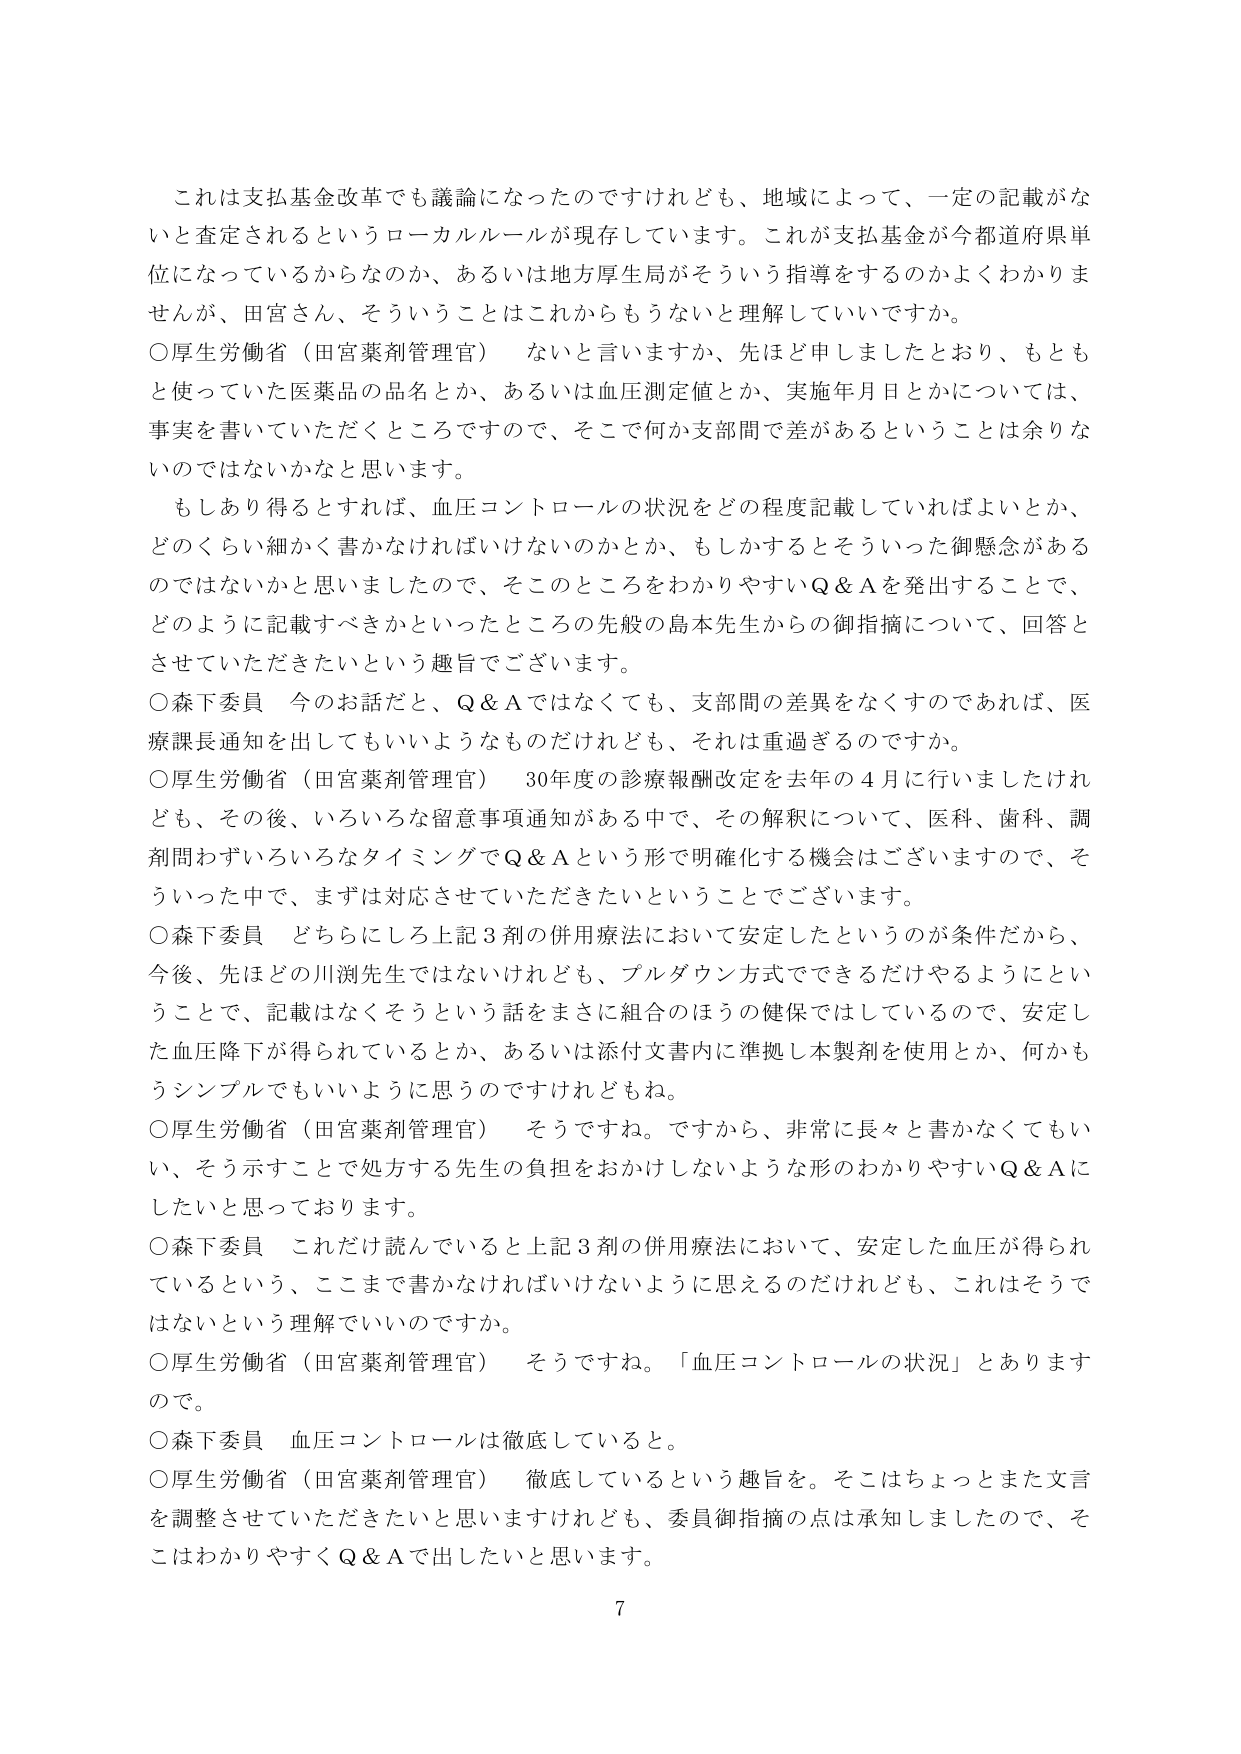
これは支払基金改革でも議論になったのですけれども、地域によって、一定の記載がないと査定されるというローカルルールが現存しています。これが支払基金が今都道府県単位になっているからなのか、あるいは地方厚生局がそういう指導をするのかよくわかりませんが、田宮さん、そういうことはこれからもうないと理解していいですか。

○厚生労働省（田宮薬剤管理官）　ないと言いますか、先ほど申しましたとおり、もともと使っていた医薬品の品名とか、あるいは血圧測定値とか、実施年月日とかについては、事実を書いていただくところですので、そこで何か支部間で差があるということは余りないのではないかと思います。

もしあり得るとすれば、血圧コントロールの状況をどの程度記載していればよいか、どのくらい細かく書かなければならないのかとか、もしかするとそういった御懸念があるのではないかと思いましたので、そこのところをわかりやすいQ＆Aを発出することで、どのように記載すべきかといったところの先般の島本先生からの御指摘について、回答とさせていただきたいという趣旨でございます。

○森下委員　今のお話だと、Q＆Aではなくても、支部間の差異をなくすのであれば、医療課長通知を出してもいいようなものだけれども、それは重過ぎるのですか。

○厚生労働省（田宮薬剤管理官）　30年度の診療報酬改定を去年の4月に行いましたけれども、その後、いろいろな留意事項通知がある中で、その解釈について、医科、歯科、調剤問わずいろいろなタイミングでQ＆Aという形で明確化する機会はございますので、そういった中で、まずは対応させていただきたいということでございます。

○森下委員　どちらにしろ上記3剤の併用療法において安定したというのが条件だから、今後、先ほどの川渕先生ではないけれども、プルダウン方式でできるだけやるようにということで、記載はなくそうという話をまさに組合のほうの健保ではしているので、安定した血圧降下が得られているとか、あるいは添付文書内に準拠し本製剤を使用とか、何かもうシンプルでもいいように思うのですけれどもね。

○厚生労働省（田宮薬剤管理官）　そうですね。ですから、非常に長々と書かなくてもいい、そう示すことで処方する先生の負担をおかけしないような形のわかりやすいQ＆Aにしたいと思っております。

○森下委員　これだけ読んでいると上記3剤の併用療法において、安定した血圧が得られているという、ここまで書かなければならないように思えるのだけれども、これはそうではないという理解でいいのですか。

○厚生労働省（田宮薬剤管理官）　そうです。『血圧コントロールの状況』とありますので。

○森下委員　血圧コントロールは徹底していると。

○厚生労働省（田宮薬剤管理官）　徹底しているという趣旨を。そこはちょっとまた文言を調整させていただきたいと思いますけれども、委員御指摘の点は承知しましたので、そこはわかりやすくQ＆Aで出したいと思います。

7